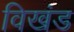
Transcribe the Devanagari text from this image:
विखंड